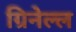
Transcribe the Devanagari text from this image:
ग्रिनेल्ल